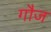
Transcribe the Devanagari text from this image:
गौज